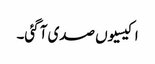
اکیسیوں صدی آ گئی۔